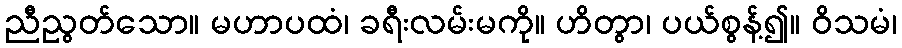
ညီညွတ်သော။ မဟာပထံ၊ ခရီးလမ်းမကို။ ဟိတွာ၊ ပယ်စွန့်၍။ ဝိသမံ၊